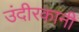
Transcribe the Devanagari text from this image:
उंदीरकानी